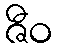
ဇီဝ